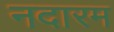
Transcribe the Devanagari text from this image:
नदारम